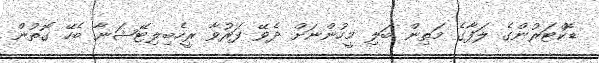
ޑޮކްޓަރުންގެ ލަފާގެ މަތިން ބަލި މީހުންނަށް ދެވޭ ފަރުވާ ރީހެބިލިޓޭޝަނާ ބެހޭ ގޮތުން